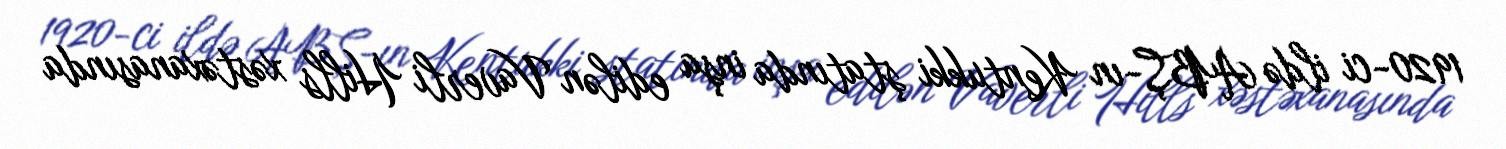
1920-ci ildə ABŞ-ın Kentukki ştatında inşa edilən Vaverli Hills xəstəxanasında